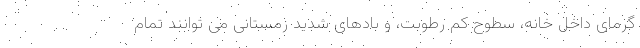
گرمای داخل خانه، سطوح کم رطوبت، و بادهای شدید زمستانی می توانند تمام